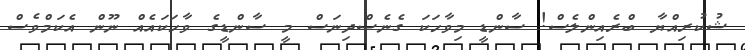
ޝުކުރިއްޔާ ބްރެއިންލެސް! ސާންޑީ މިވާހަކަ ގެނެސްދިނަސް މީ ސާންޑީގެ ވާހަކައެއް ނޫން އެކަމްވެސް